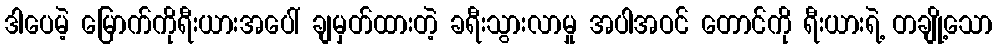
ဒါပေမဲ့ မြောက်ကိုရီးယားအပေါ် ချမှတ်ထားတဲ့ ခရီးသွားလာမှု အပါအဝင် တောင်ကို ရီးယားရဲ့ တချို့သော